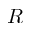
R